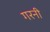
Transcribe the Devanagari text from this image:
गरनी